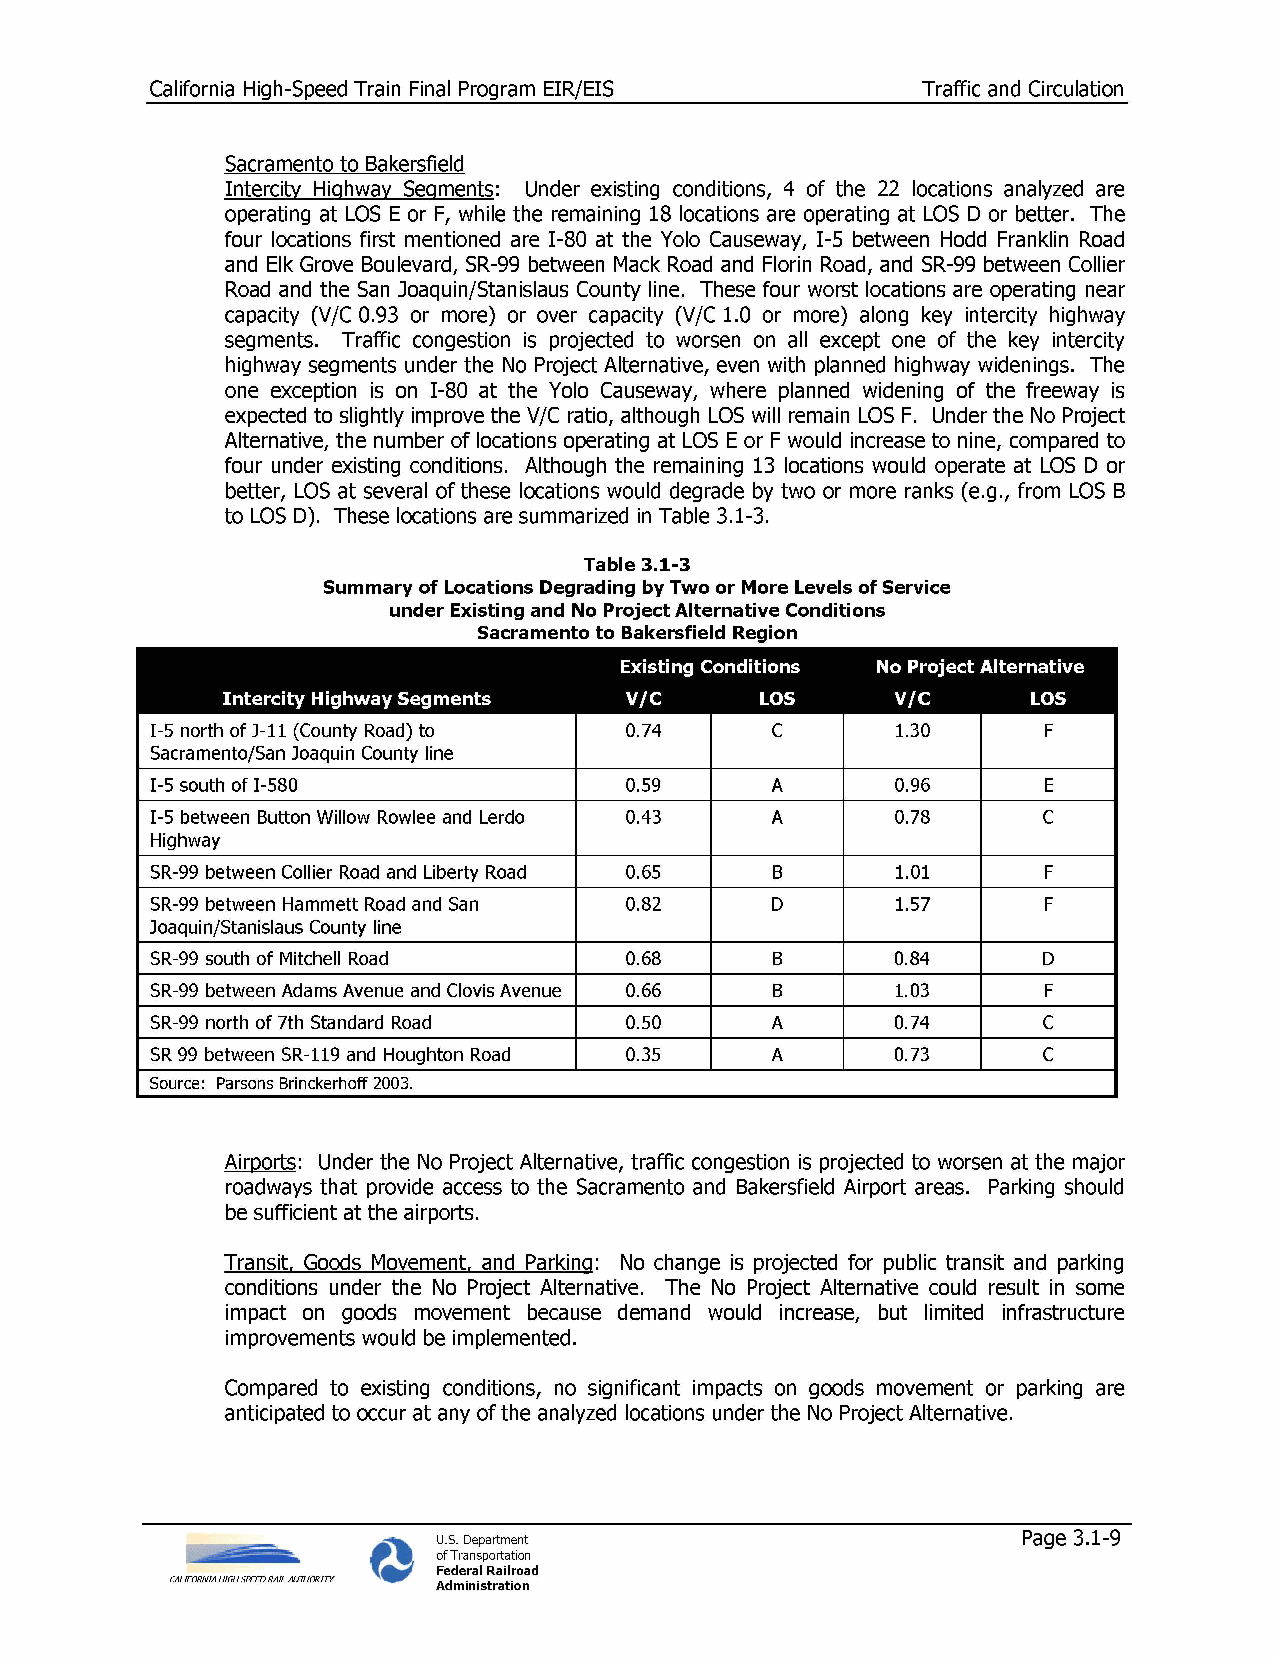
California High-Speed Train Final Program EIR/EIS  Traffic and Circulation
 Sacramento to Bakersfield
 Intercity Highway Segments: Under existing conditions, 4 of the 22 locations analyzed are
 operating at LOS E or F, while the remaining 18 locations are operating at LOS D or better. The
 four locations first mentioned are 1-80 at the Yolo Causeway, I-5 between Hodd Franklin Road
 and Elk Grove Boulevard, SR-99 between Mack Road and Florin Road, and SR-99 between Collier
 Road and the San Joaquin/Stanislaus County line. These four worst locations are operating near
 capacity (V/C 0.93 or more) or over capacity (V/C 1.0 or more) along key intercity highway
 segments. Traffic congestion is projected to worsen on all except one of the key intercity
 highway segments under the No Project Alternative, even with planned highway widenings. The
 one exception is on 1-80 at the Yolo Causeway, where planned widening of the freeway is
 expected to slightly improve the V/C ratio, although LOS will remain LOS F. Under the No Project
 Alternative, the number of locations operating at LOS E or F would increase to nine, compared to
 four under existing conditions. Although the remaining 13 locations would operate at LOS D or
 better, LOS at several of these locations would degrade by two or more ranks (e.g., from LOS B
 to LOS D). These locations are summarized in Table 3.1-3.
 Table 3.1-3
 Summary of Locations Degrading by Two or More Levels of Service
 under Existing and No Project Alternative Conditions
 Sacramento to Bakersfield Region
 Existing Conditions No Project Alternative
 Intercity Highway Segments V/C     LOS      V/C      LOS
 I-5 north of J-11 (County Road) to 0.74  C       1.30      F
 Sacramento/San Joaquin County line
 I-5 south of I-580             0.59      A       0.96      E
 I-5 between Button Willow Rowlee and Lerdo 0.43 A 0.78     C
 Highway
 SR-99 between Collier Road and Liberty Road 0.65 B 1.01    F
 SR-99 between Hammett Road and San 0.82  D       1.57      F
 Joaquin/Stanislaus County line
 SR-99 south of Mitchell Road   0.68      B       0.84      D
 SR-99 between Adams Avenue and Clovis Avenue 0.66 B 1.03   F
 SR-99 north of 7th Standard Road 0.50    A       0.74      C
 SR 99 between SR-119 and Houghton Road 0.35 A    0.73      C
 Source: Parsons Brinckerhoff 2003.
 Airports: Under the No Project Alternative, traffic congestion is projected to worsen at the major
 roadways that provide access to the Sacramento and Bakersfield Airport areas. Parking should
 be sufficient at the airports.
 Transit, Goods Movement, and Parking: No change is projected for public transit and parking
 conditions under the No Project Alternative. The No Project Alternative could result in some
 impact on goods movement because demand would increase, but limited infrastructure
 improvements would be implemented.
 Compared to existing conditions, no significant impacts on goods movement or parking are
 anticipated to occur at any of the analyzed locations under the No Project Alternative.
 U.S. Department                        Page 3.1-9
 of Transportation
 Federal Railroad
 CALIFORNIA HIGH SPEED RAIL AUTHORITY Administration